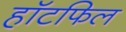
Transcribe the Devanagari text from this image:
हॉटफिल